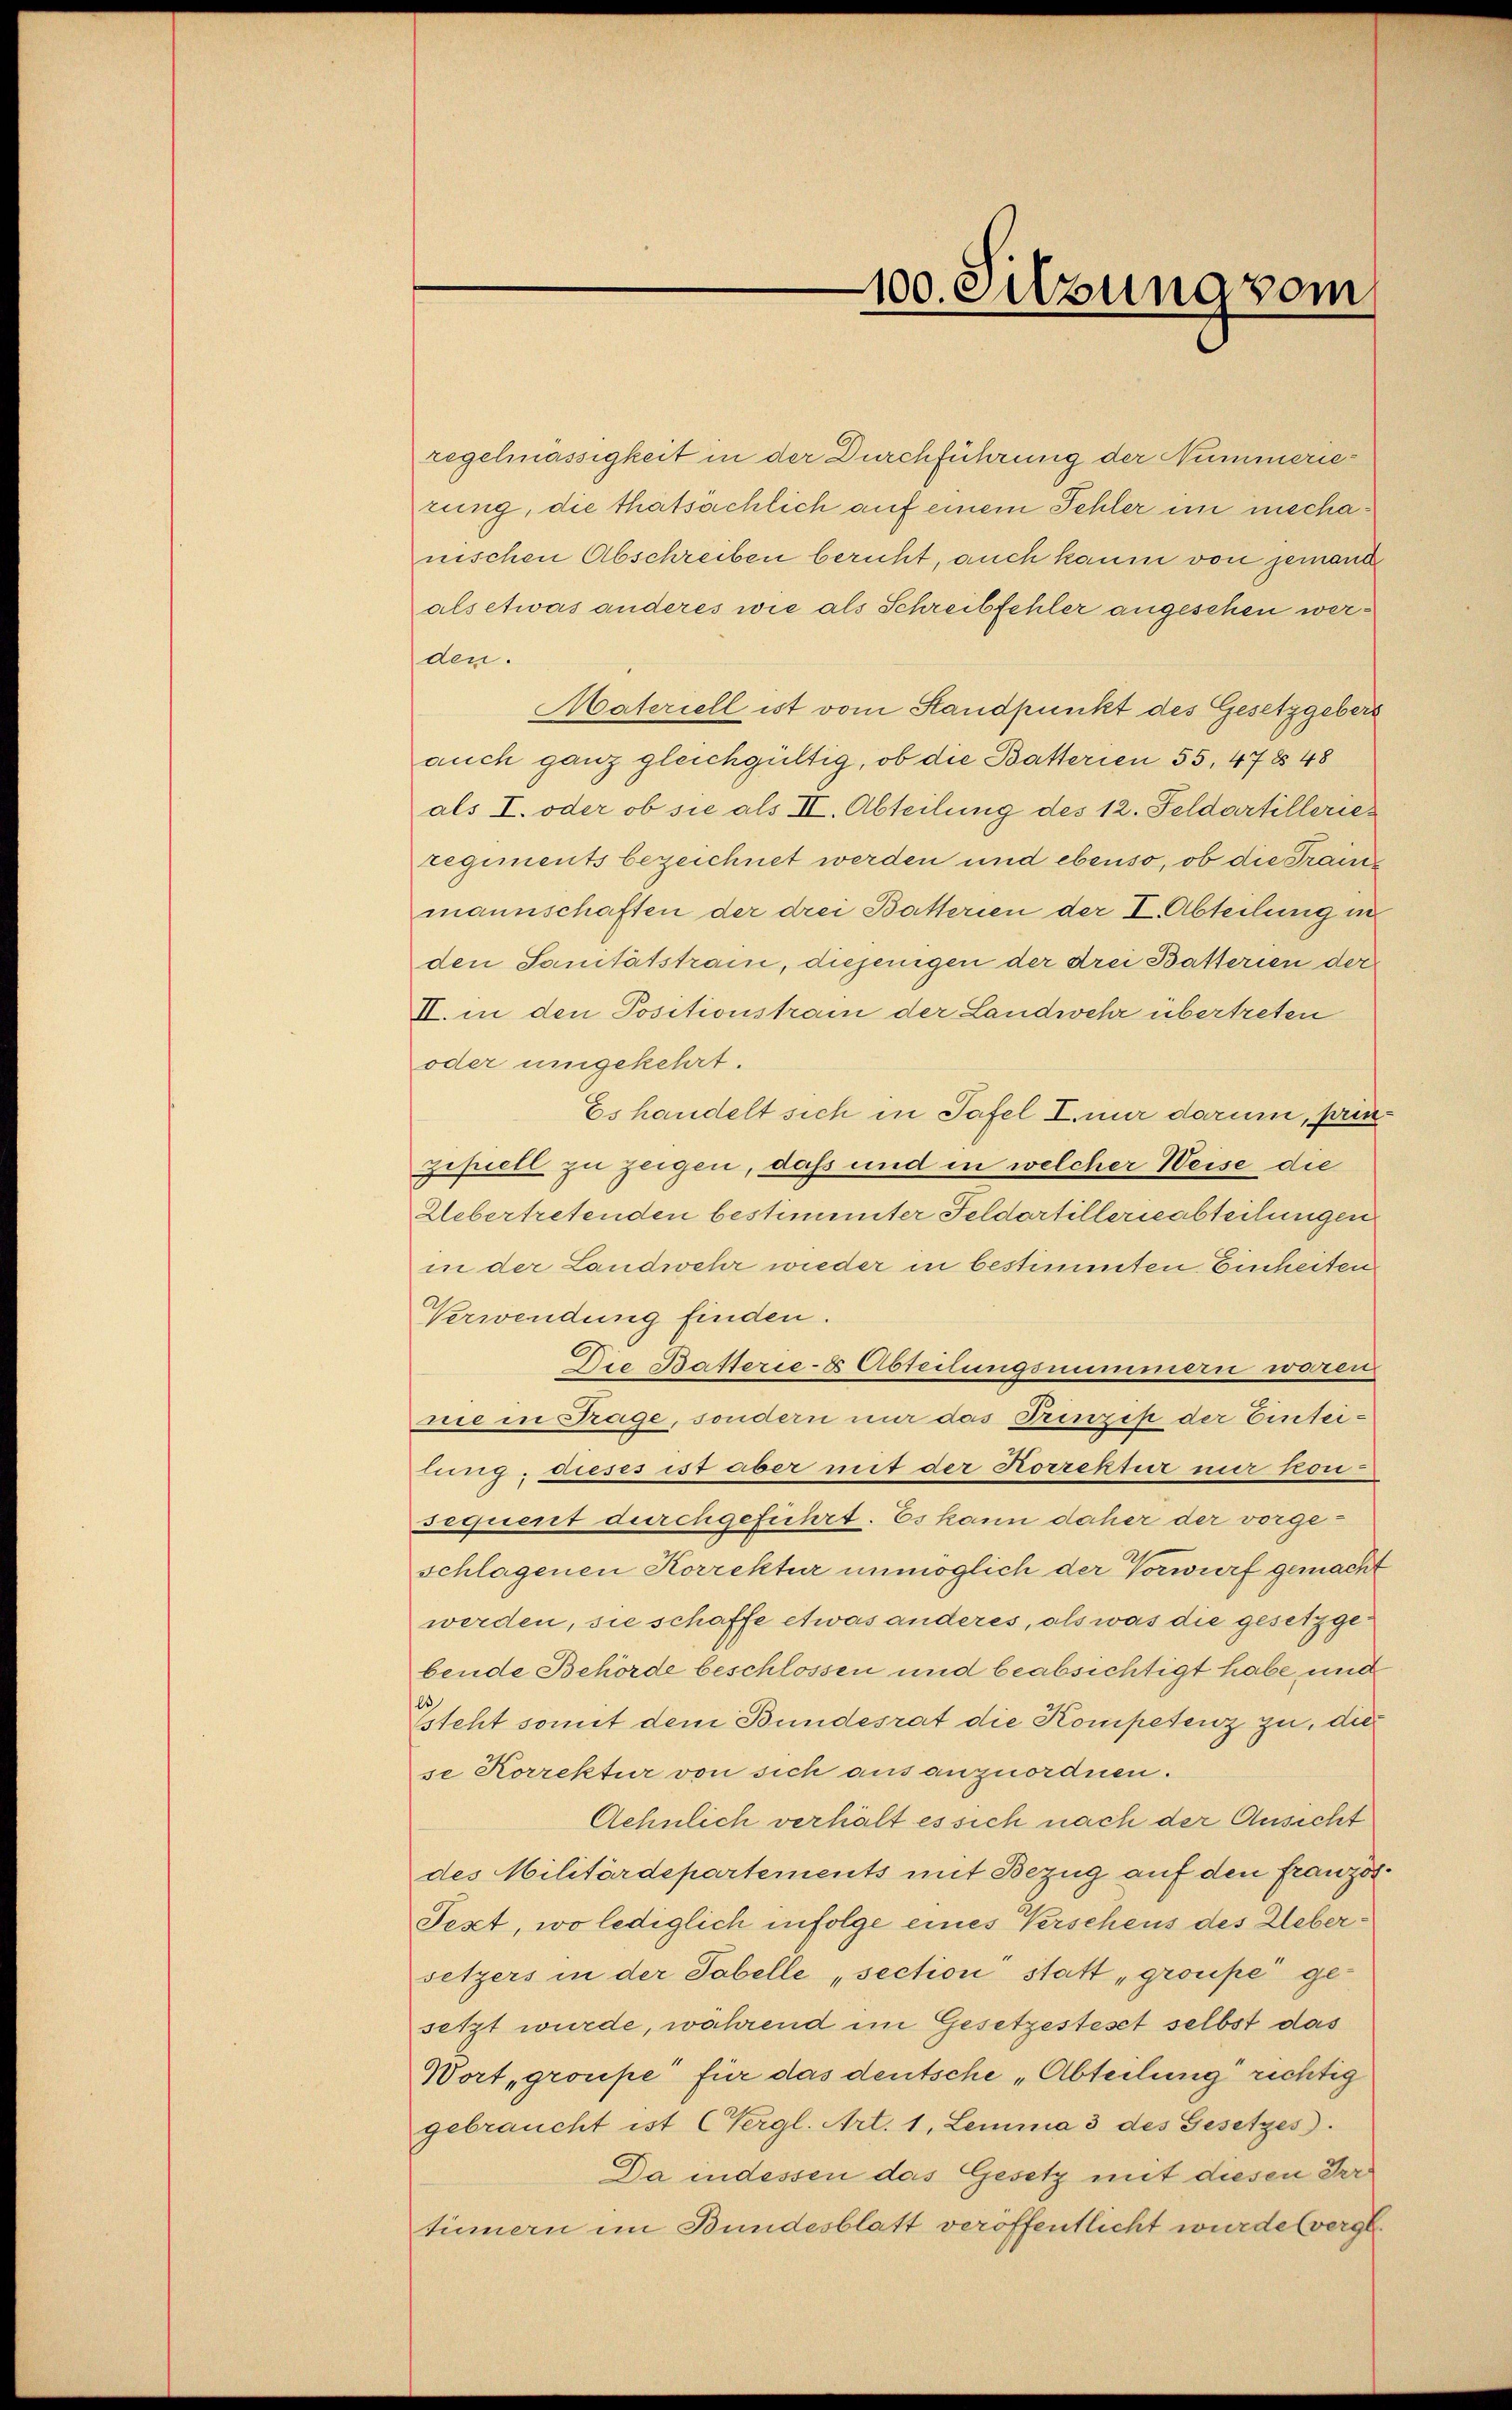
regelmässigkeit in der Durchführung der Nummerierung, die thatsächlich auf einem Schler im mechanischen Abschreiben beruht, auch kaum von jemand
als etwas anderes wie als Schreibfehler angesehen werden.
Materiell ist vom Standpunkt des Gesetzgebers
auch ganz gleichgültig, ob die Batterien 55, 47 § 48
als I. oder ob sie als II. Abteilung des 12. Feldartilleries
regiments bezeichnet werden und ebenso, ob die Traine
mannschaften der drei Batterien der I. Abteilung in
den Sanitätstram, diejenigen der drei Batterien der
II. in den Positionstram der Landwehr übertreten
oder umgekehrt.
Es handelt sich in Tafel I nur darum, prinzipiell zu zeigen, daß und in welcher Weise die
Uebertretenden bestimmter Feldortillerieabteilungen
in der Landwehr wieder in bestimmten Einheiten
Verwendung finden.
Die Basterie-8 Abteilungsnummern waren
nie in Trage, sondern nur das Prinzip der Einteilung, dieses ist aber mit der Korrektur nur kon-
sequent durchgeführt. Es kann daher der vorgeschlagenen Korrektur unmöglich der Vorwurf gemacht
werden, sie schaffe etwas anderes, als was die gesetzge-
bende Behörde beschlossen und beabsichtigt habe und
l
steht somit dem Bundesrat die Kompetenz zu, dies
se Korrektur von sich aus anzuordnen.
Aehnlich verhält es sich nach der Ansicht
des Militärdepartements mit Bezug auf den französ
Text, wo lediglich infolge eines Verscheus des Uebersetzers in der Tabelle „section statt „groupe gesetzt wurde, während im Gesetzesteset selbst das
Wort „groupe für das deutsche „Abteilung richtig
gebraucht ist (Vergl. Art. 1, Lemma 3 des Gesetzes).
Da indessen das Gesetz mit diesen Irr
tinnern im Bundesblatt veröffentlicht wurde (verge

100. Sitzung vom